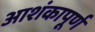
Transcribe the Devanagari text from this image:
आशंकापूर्ण